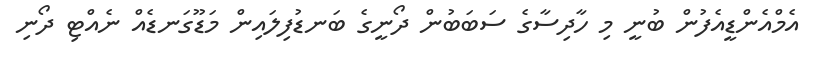
އެމްއެންޑީއެފުން ބުނީ މި ހާދިސާގެ ސަބަބުން ދޯނީގެ ބަނޑުފިލައިން މަޑޫގަނޑެއް ނެއްޓި ދޯނި